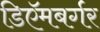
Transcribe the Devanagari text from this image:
डिऍमबर्गर